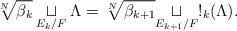
LaTeX: \begin{align*} \sqrt[N]{\beta_k} \underset{E_k / F}{\sqcup} \Lambda = \sqrt[N]{\beta_{k+1}}\underset{E_{k+1} / F}{\sqcup} !_k(\Lambda).\end{align*}